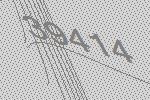
39414